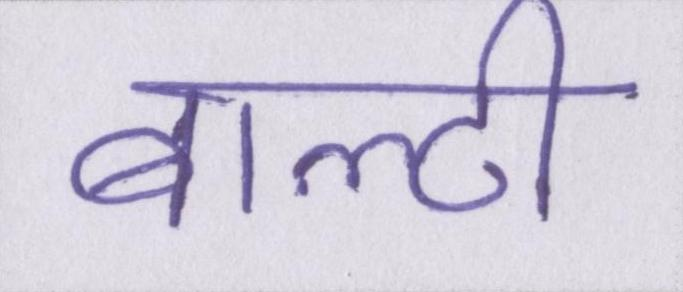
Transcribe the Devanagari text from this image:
बाल्टी